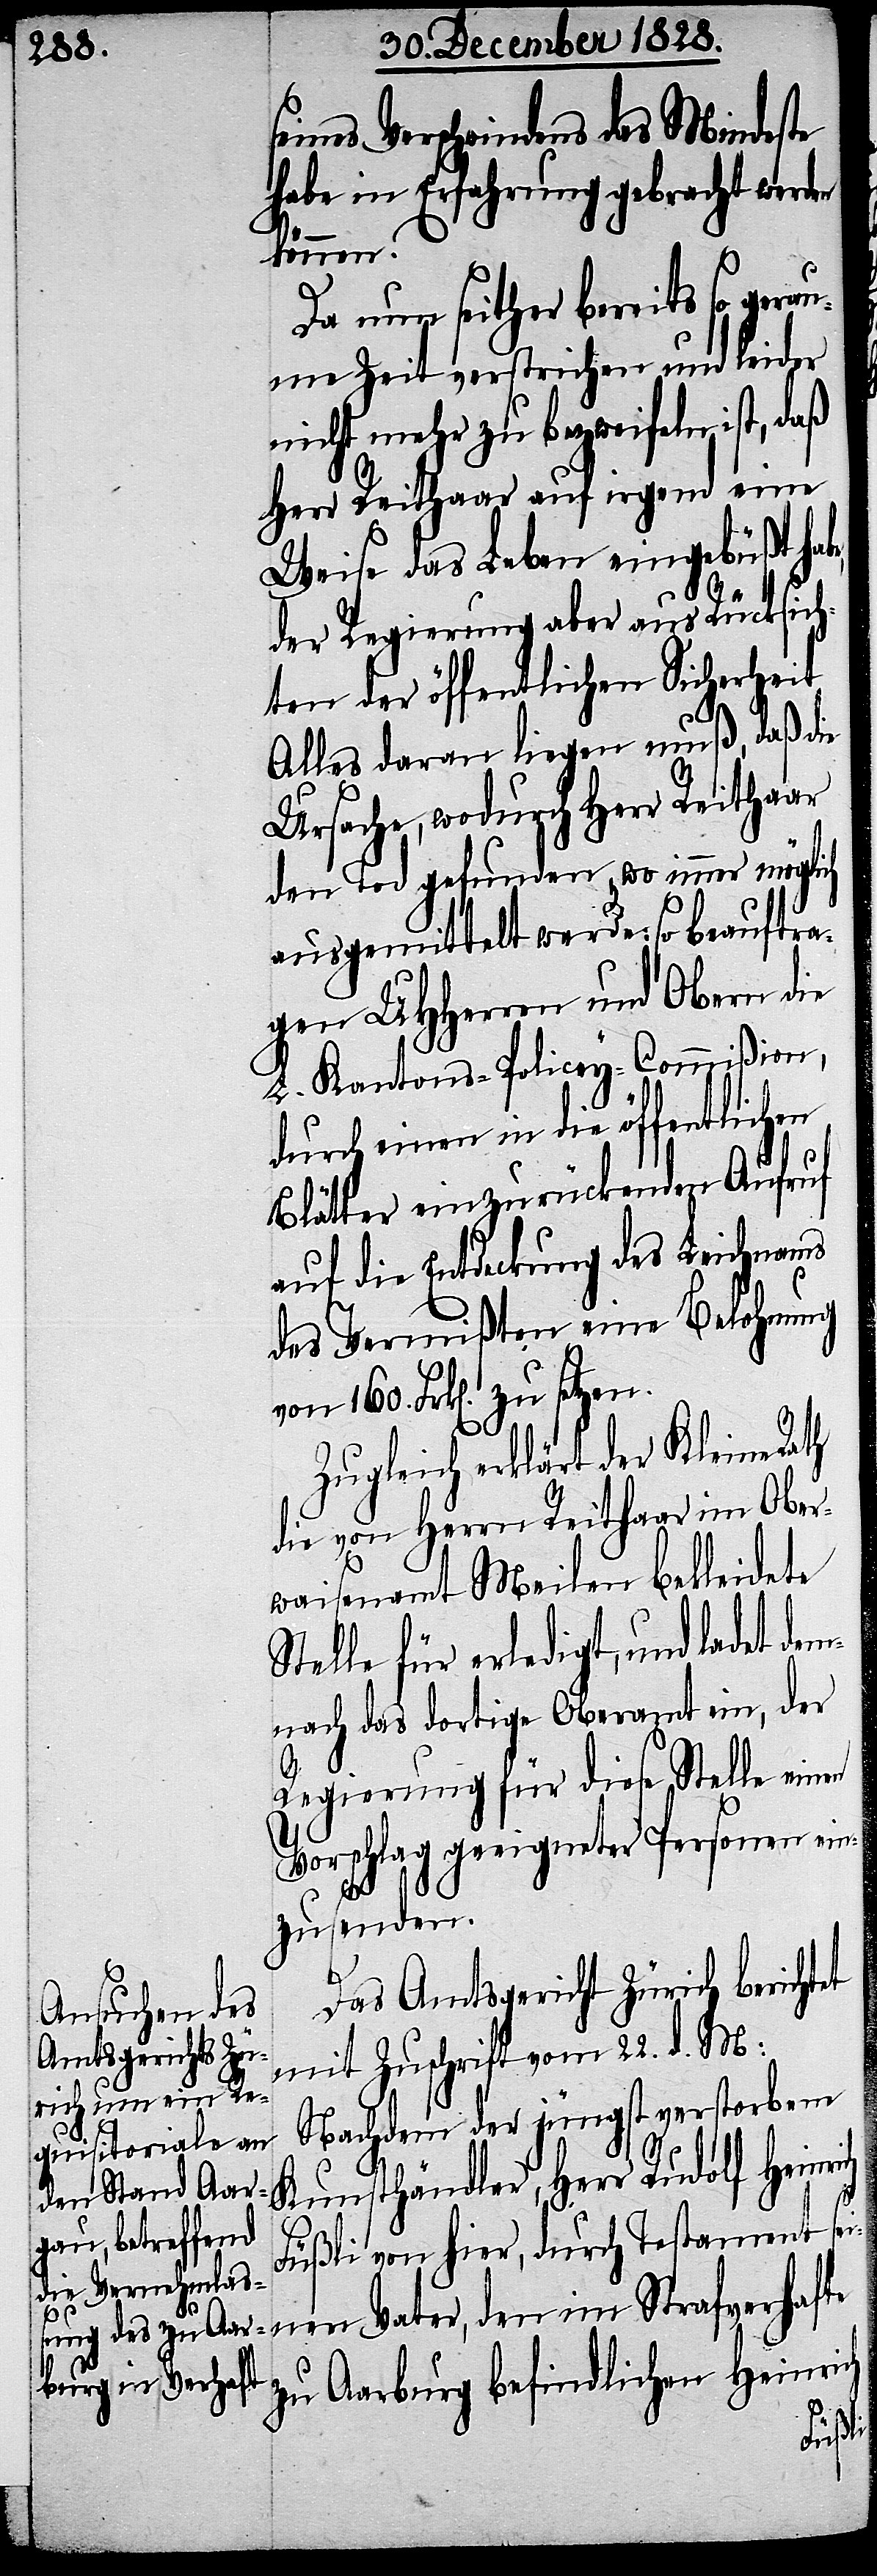
seines Verschwindens das Mindeste
habe in Erfahrung gebracht werden
können.
Da nun seither bereits so gera¬
ume Zeit verstrichen und leider
nicht mehr zu bezweifeln ist, daß
Herr Reithaar auf irgend eine
Weise das Leben eingebüßt ha¬
der Regierung aber aus Rücksich¬
ten der öffentlichen Sicherheit
Alles daran liegen muß, daß die
Ursache, wodurch Herr Reithaar
den Tod gefunden, wo immer möglich
ausgemittelt werde: so beauftra¬
gen UHHerren und Obern die
L. Kantons-Policey-Commißion,
durch einen in die öffentlichen
Blätter einzurückenden Aufruf
auf die Entdeckung des Leichnams
des Vermißten eine Belohnung
Zugleich erklärt der Kleine Rath
die von Herrn Reithaar im Ober¬
waisenamt Meilen bekleidete
Stelle für erledigt, und ladet
nach das dortige Oberamt ein, der
Regierung für diese Stelle einen
Vorschlag zu geeigneter Personen ein¬
ch
zusenden.
Das Amtsgericht Zürich berichtet
mit Zuschrift vom 22. d. M:
Nachdem der jüngst verstorbene
Füßli von hier, durch Testament sei¬
nen Vater, den im Strafverhafte
zu Aarburg befindlichen Heinri¬